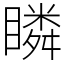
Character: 瞵